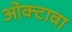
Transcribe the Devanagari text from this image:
ओक्टावा